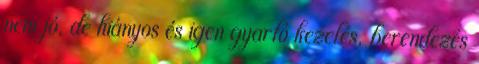
nem jó, de hiányos és igen gyarló kezelés, berendezés